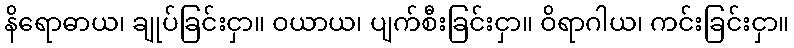
နိရောဓာယ၊ ချုပ်ခြင်းငှာ။ ဝယာယ၊ ပျက်စီးခြင်းငှာ။ ဝိရာဂါယ၊ ကင်းခြင်းငှာ။